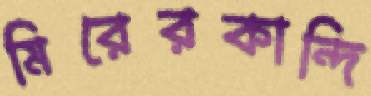
মিরেরকান্দি